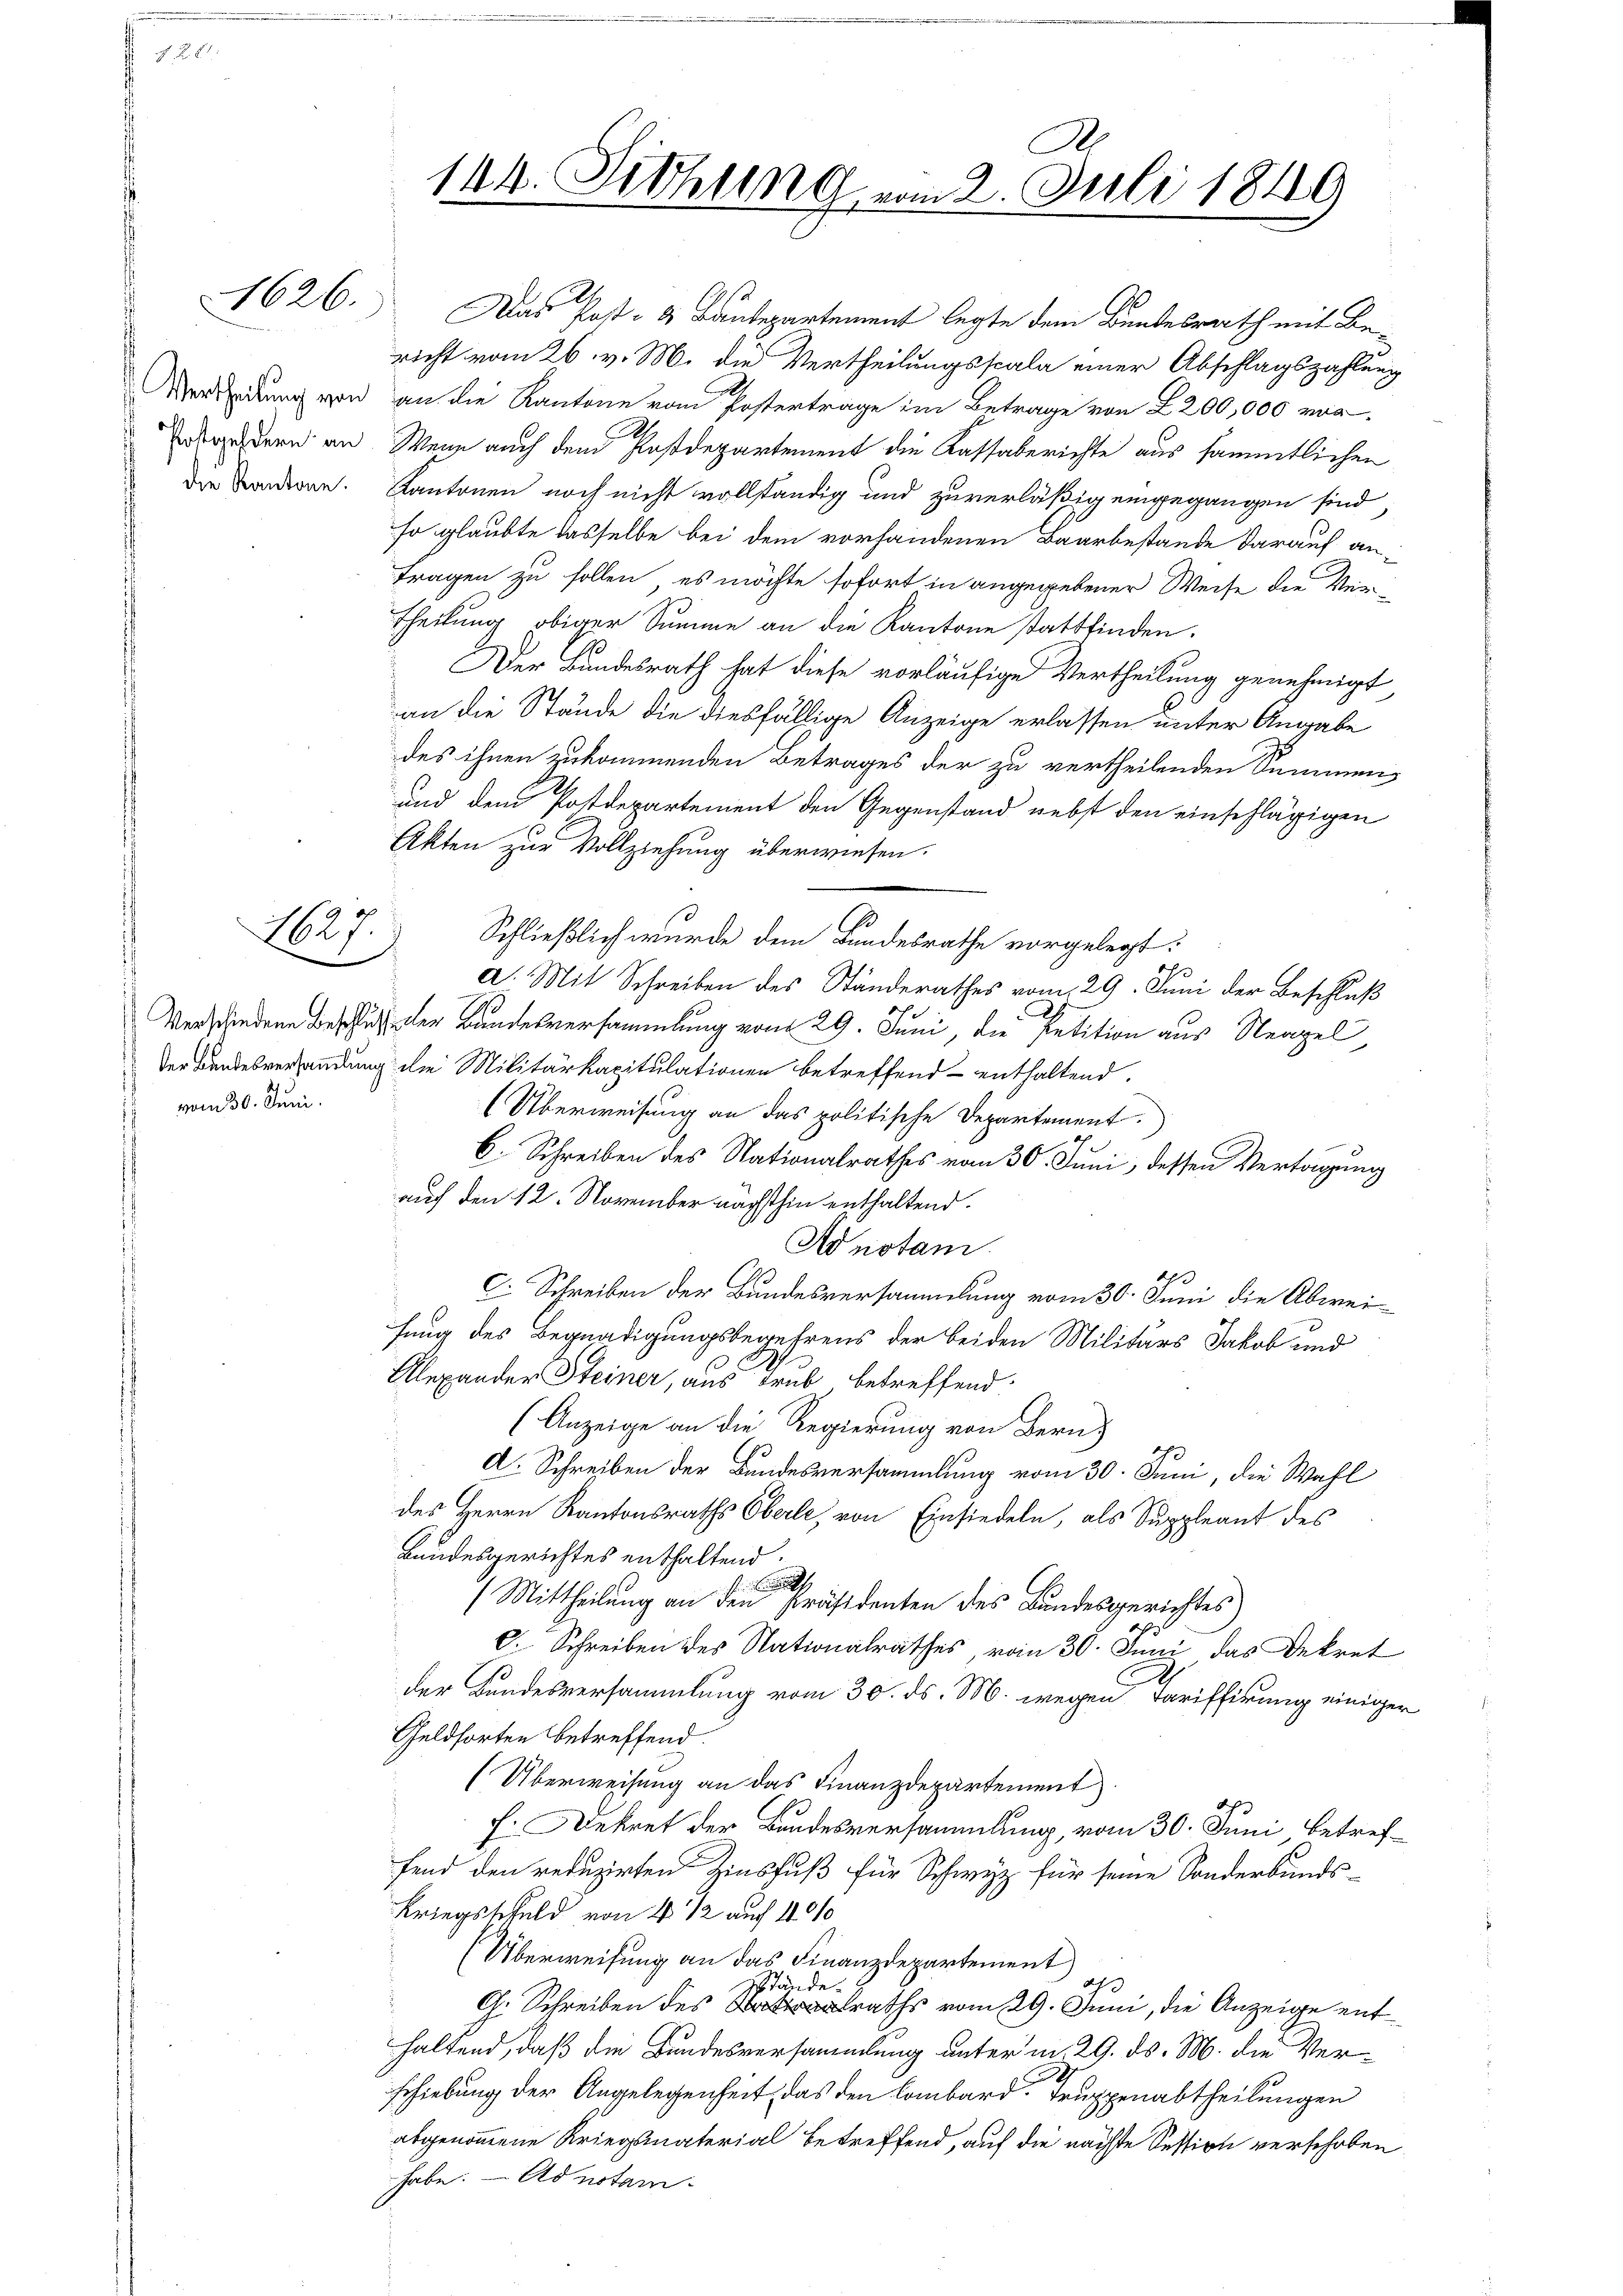
die Kantone.

1627.
e

1 vom 30. Juni.

1626. Das Post- & Baudepartement legte dem Bundesrath mit Bericht vom 26. v. M. die Vertheilungsscala einer Abschlagszahlung
Verleidung von an die Kantone vom Postertrage im Betrage von L 200,000 vor
rudern an Wenn auch dem Postdepartement die Kassaberichte aus sämmtlichen
Kantonen noch nicht vollständig und zuverläßig eingegangen sind,
so glaubte dasselbe bei dem vorhandenen Baarbestände darauf an¬
Fragen zu sollen, es möchte sofort in angegebener Weise die Ver¬
Theilung obiger Summe an die Kantone stattfinden.
Der Bundesrath hat diese vorläufige Vertheilung genehmigt
an die Stände die diesfällige Anzeige erlassen unter Angabe
des ihnen zukommenden Betrages der zu vertheilenden Sammen
und dem Postdepartement den Gegenstand nebst den einschlägigen
Akten zur Vollziehung überwiesen.
Schließlich wurde dem Bundesrathe vorgelegt:
d
1
a. Mit Schreiben des Standerathes vom 29. Juni der Beschluß
Verschiedene Beschluß der Bundesversammlung vom 29. Juni, die Petition aus Neapel,
der Bundesverhandlung die Militärkapitulationen betreffend enthaltend.
Überweisung an das politische Departement.
C. Schreiben des Nationalrathes vom 30. Juni, dessen Vertagung
auf den 12. November nächsthin enthaltend.
Ad notami
C. Schreiben der Bundesversammlung vom 30. Juni die Abweifung des Begnadigungsbegehrens der beiden Militärs Jakob und
Alexander Steiner, aus Trub betreffend
(Anzeige an die Regierung von Bern,
A. Schreiben der Bundesversammlung vom 30. Juni, die Wahl
des Herrn Kantonsraths Oberle, von Einsiedeln, als Suppleant des
Bundesgerichtes enthaltend.
(Mittheilung an den Präsidenten des Bundesgerichtes
C. Schreiben des Nationalrathes vom 30. Juni das Dekret
der Bundesversammlung vom 30. ds. M. wegen Tariffirung einiger
Geldsorten betreffend.
(Überweisung an das Finanzdepartement
h. Dekret der Bundesversammlung, vom 30. Juni betreffend den reduzirten Zinsfuß für Schwyz für seine Sonderbunds-
Kriegsschuld von 4 1/2 auch 401
Überweisung an das Finanzdepartement
ah
sstände.
G. Schreiben des raths vom 29. Juni, die Anzeige enthaltend, daß die Bundesversammlung unterm 29. ds. M. die Ver¬
Erhiebung der Angelegenheit, das den Lombard. Truppenabtheilungen
abgenommene Kriegsmaterial betreffend, auf die nächste Session verschoben
habe. - Ad notai

A
144. Diehung vom 2. Juli 1849